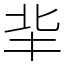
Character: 𠤖